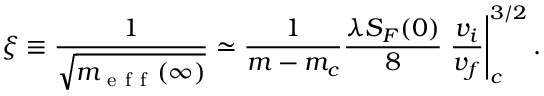
\xi \equiv \frac { 1 } { \sqrt { m _ { \mathrm { ~ e ~ f ~ f ~ } } ( \infty ) } } \simeq \frac { 1 } { m - m _ { c } } \frac { \lambda S _ { F } ( 0 ) } { 8 } \left. \frac { v _ { i } } { v _ { f } } \right| _ { c } ^ { 3 / 2 } .